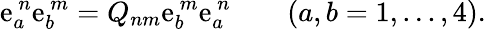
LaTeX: \mathrm{e}_{a}^{\ n}\mathrm{e}_{b}^{\ m}=Q_{nm}\mathrm{e}_{b}^{\ m}\mathrm{e}_{a}^{\ n}\qquad(a,b=1,...,4).